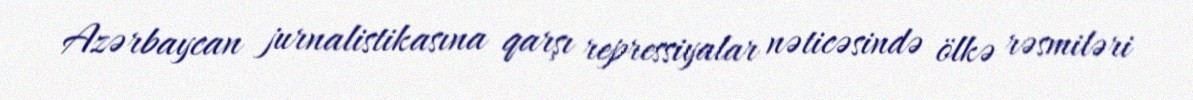
Azərbaycan jurnalistikasına qarşı repressiyalar nəticəsində ölkə rəsmiləri